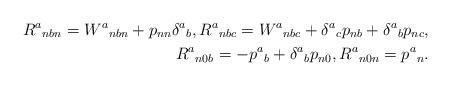
LaTeX: \begin{align*} R^a{}_{nbn}=W^a{}_{nbn}+p_{nn}\delta^a{}_b,R^a{}_{nbc}=W^a{}_{nbc}+\delta^a{}_cp_{nb}+\delta^a{}_bp_{nc},\\ R^a{}_{n0b}=-p^a{}_b+\delta^a{}_bp_{n0},R^a{}_{n0n}=p^a{}_n.\end{align*}